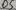
Text: D5